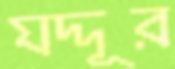
যদ্দূর